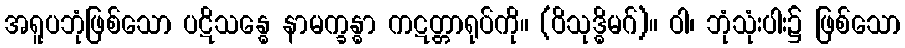
အရူပဘုံဖြစ်သော ပဋိသန္ဓေ နာမက္ခန္ဓာ ကဋတ္တာရုပ်ကို။ (ဝိသုဒ္ဓိမဂ်)။ ဝါ၊ ဘုံသုံးပါး၌ ဖြစ်သော